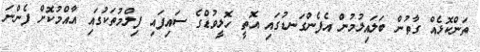
ތަންކޮޅެއް ގާތުން ބަލައިލުމުން އެފެންގަނޑުގައި އޮތީ ހޮލީވުޑްގެ ސައިފައި ފިލްމުތަކުގައި އާއްމުކޮށް ފެންނަ